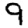
Digit: 9